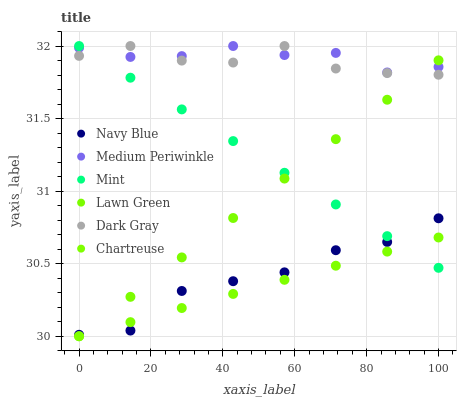
| xaxis_label | Navy Blue | Medium Periwinkle | Mint | Lawn Green | Dark Gray | Chartreuse |
 | --- | --- | --- | --- | --- | --- | --- |
 | 0 | 30 | 32 | 32 | 30 | 31.9 | 30 |
 | 14.3 | 30 | 31.9 | 31.8 | 30.3 | 32 | 30.1 |
 | 28.6 | 30.3 | 31.9 | 31.6 | 30.5 | 31.9 | 30.2 |
 | 42.9 | 30.4 | 32 | 31.3 | 30.8 | 31.9 | 30.3 |
 | 57.1 | 30.4 | 31.9 | 31.1 | 31.1 | 32 | 30.4 |
 | 71.4 | 30.6 | 32 | 30.9 | 31.4 | 31.8 | 30.5 |
 | 85.7 | 30.6 | 31.8 | 30.7 | 31.6 | 31.8 | 30.6 |
 | 100 | 30.8 | 31.9 | 30.5 | 31.9 | 31.8 | 30.7 |